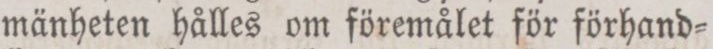
mänheten hålles om föremålet för förhand=